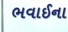
ભવાઈના